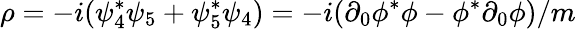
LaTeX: \rho=-i(\psi_{4}^{*}\psi_{5}+\psi_{5}^{*}\psi_{4})=-i(\partial_{0}\phi^{*}\phi-\phi^{*}\partial_{0}\phi)/m